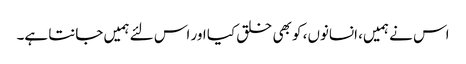
اس نے ہمیں، انسانوں، کو بھی خلق کیا اور اس لئے ہمیں جانتا ہے۔